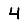
Digit: 4